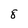
Character: 8